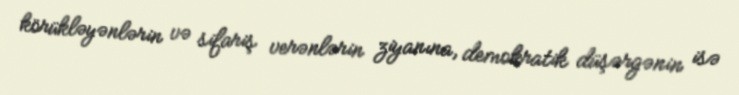
körükləyənlərin və sifariş verənlərin ziyanına, demokratik düşərgənin isə